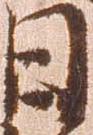
日